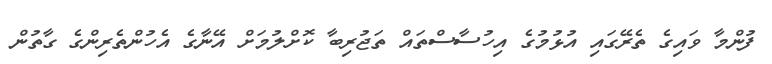
ފުންމާ ވައިގެ ތެރޭގައި އުޅުމުގެ އިހުސާސްތައް ތަޖުރިބާ ކޮށްލުމަށް އޭނާގެ އެހުންތެރިންގެ ގާތުން